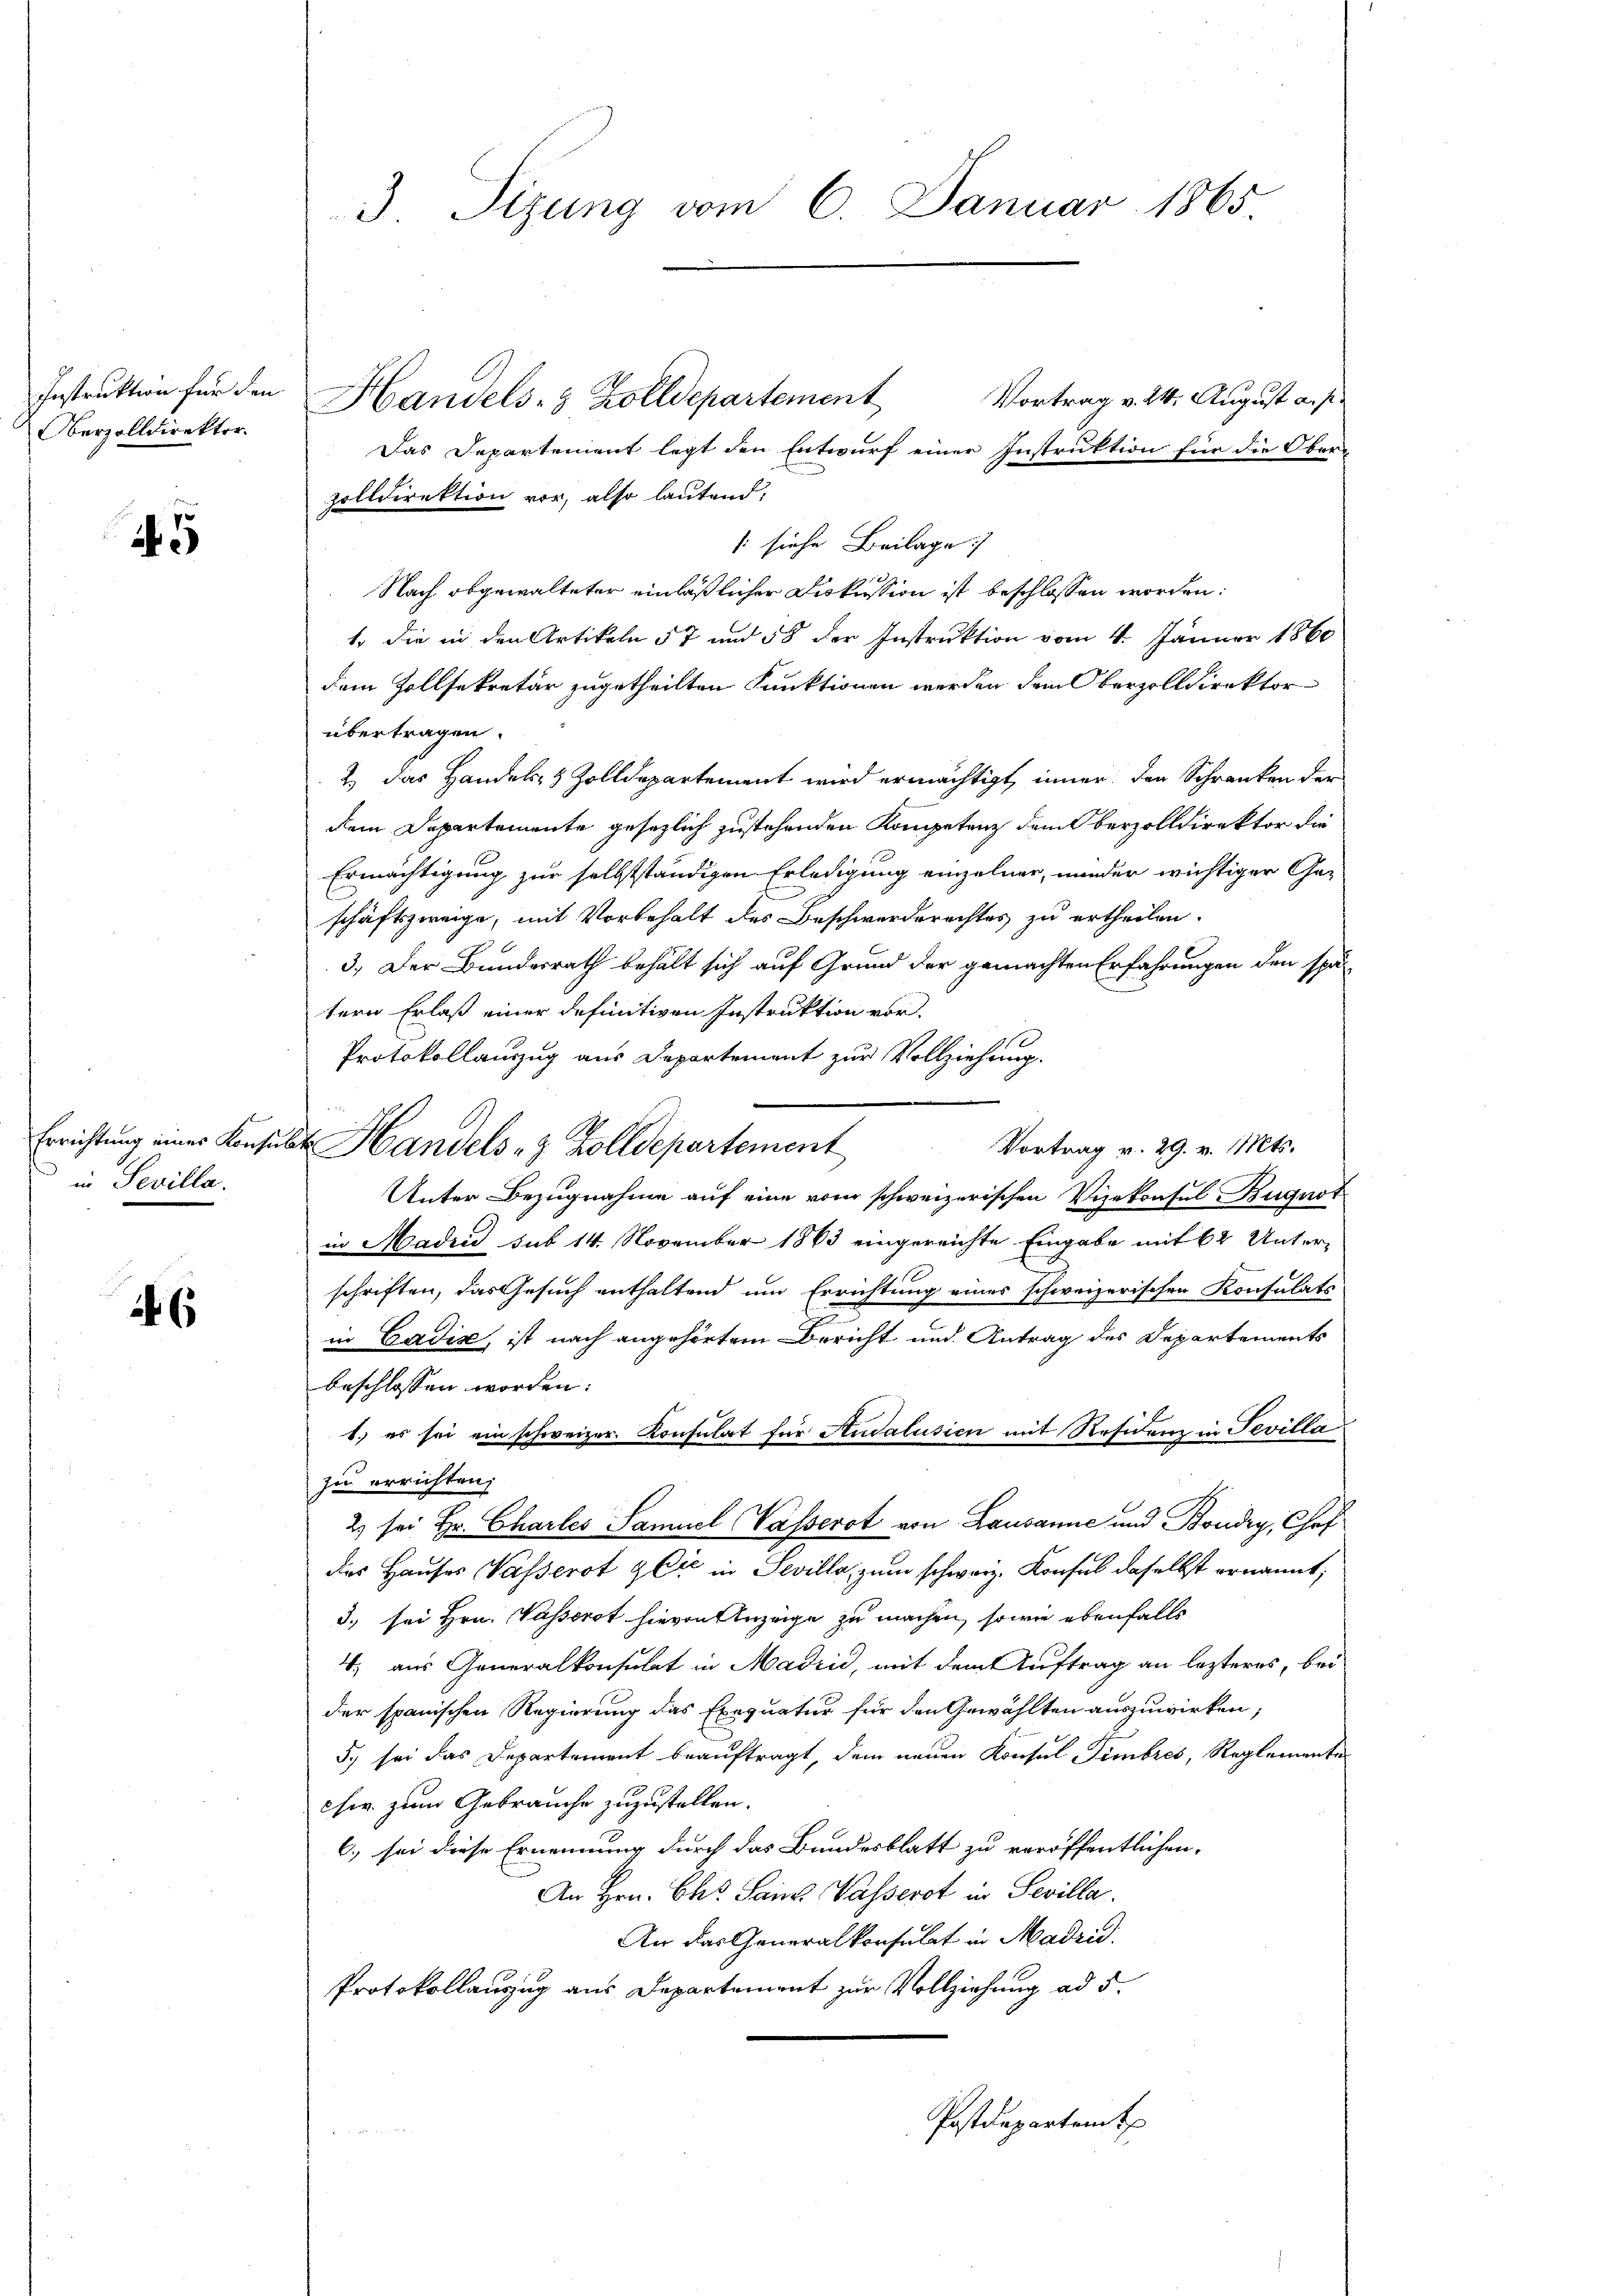
Oberzolldirektor

5

in Sevilla.

¬

Vortrag v. 24. August a. p.
Das Departement legt den Entwurf einer Instruktion für die Ober-
zolldirektion vor, also lautend,
[siehe Beilage
Nach abgewalteter einläßlicher Diskussion ist beschlossen worden:
1 die in den Artikeln § 7 und 58 der Instruktion vom 4. Jänner 1860
dem Zollsekretär zugetheilten Punktionen werden dem Oberzolldirektor
übertragen.
2) das Handels- & Zolldepartement wird ermächtigt, inner der Schranken der
dem Departemente gesezlich zustehenden Kompetenz dem Oberzolldirektor die
Ermächtigung zur selbstständigen Erledigung einzelner, minder wichtiger Geschäftszweige, mit Vorbehalt des Beschwerderechtes zu ertheilen.
3. Der Bundesrath behält sich auf Grund der gemachten Erfahrungen den spätern Erlaß einer definitiven Instruktion vor.
Protokollauszug aus Departement zur Vollziehung.
Errichtung einer Konsulat Handels- & Zolldepartement
Vortrag v. 29. v. Mts.
Unter Bezugnahme auf eine vom schweizerischen Vizekonsul Bugnot
in Madrid sub 14. November 1863 eingereichte Eingabe mit 62 Unterschriften, das Gesuch enthaltend um Errichtung eines schweizerischen Konsulats
u
in Cadis, ist nach angehörtem Bericht und Antrag des Departements
beschlossen worden.
E
1.) es sei ein schweizer. Konsulat für Audalusien mit Residenz in Tevilla
zu errichten;
2) sei Hr. Charles Samuel Wasserot von Lausanne und Boudry, Chef
das Hauses Wasserot gli in Sevilla, zum schweiz. Konsul daselbst ernannt,
3. sei Hrn. Wasserst hievon Anzeige zu machen, sowie ebenfalls
4; aus Generalkonsulat in Madrid, mit dem Auftrag an letzteres, bei
der spanischen Regierung das Exequatur für den Gewählten auszuwirken;
5. sei das Departement beauftragt, dem neuen Konsul Fimbres, Reglemente
cher zum Gebrauche zuzustellen.
6.) sei diese Ernennung durch das Bundesblatt zu veröffentlichen,
An Hrn. Chr. San Wasserot in Sevilla.
An das Generalkonsulat in Madrid.
Protokollauszug aus Departement zur Vollziehung ad 5.
Postdepartem t
8

3 Sizung vom 6. Januar 1865.

Instruktion für den Handels- & Zolldepartement